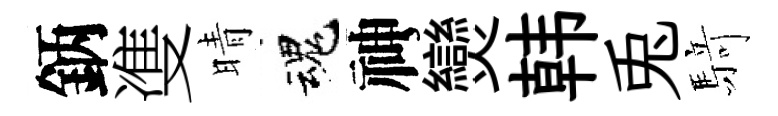
鈵㕠晴魂神𤓖韩兎𮪍